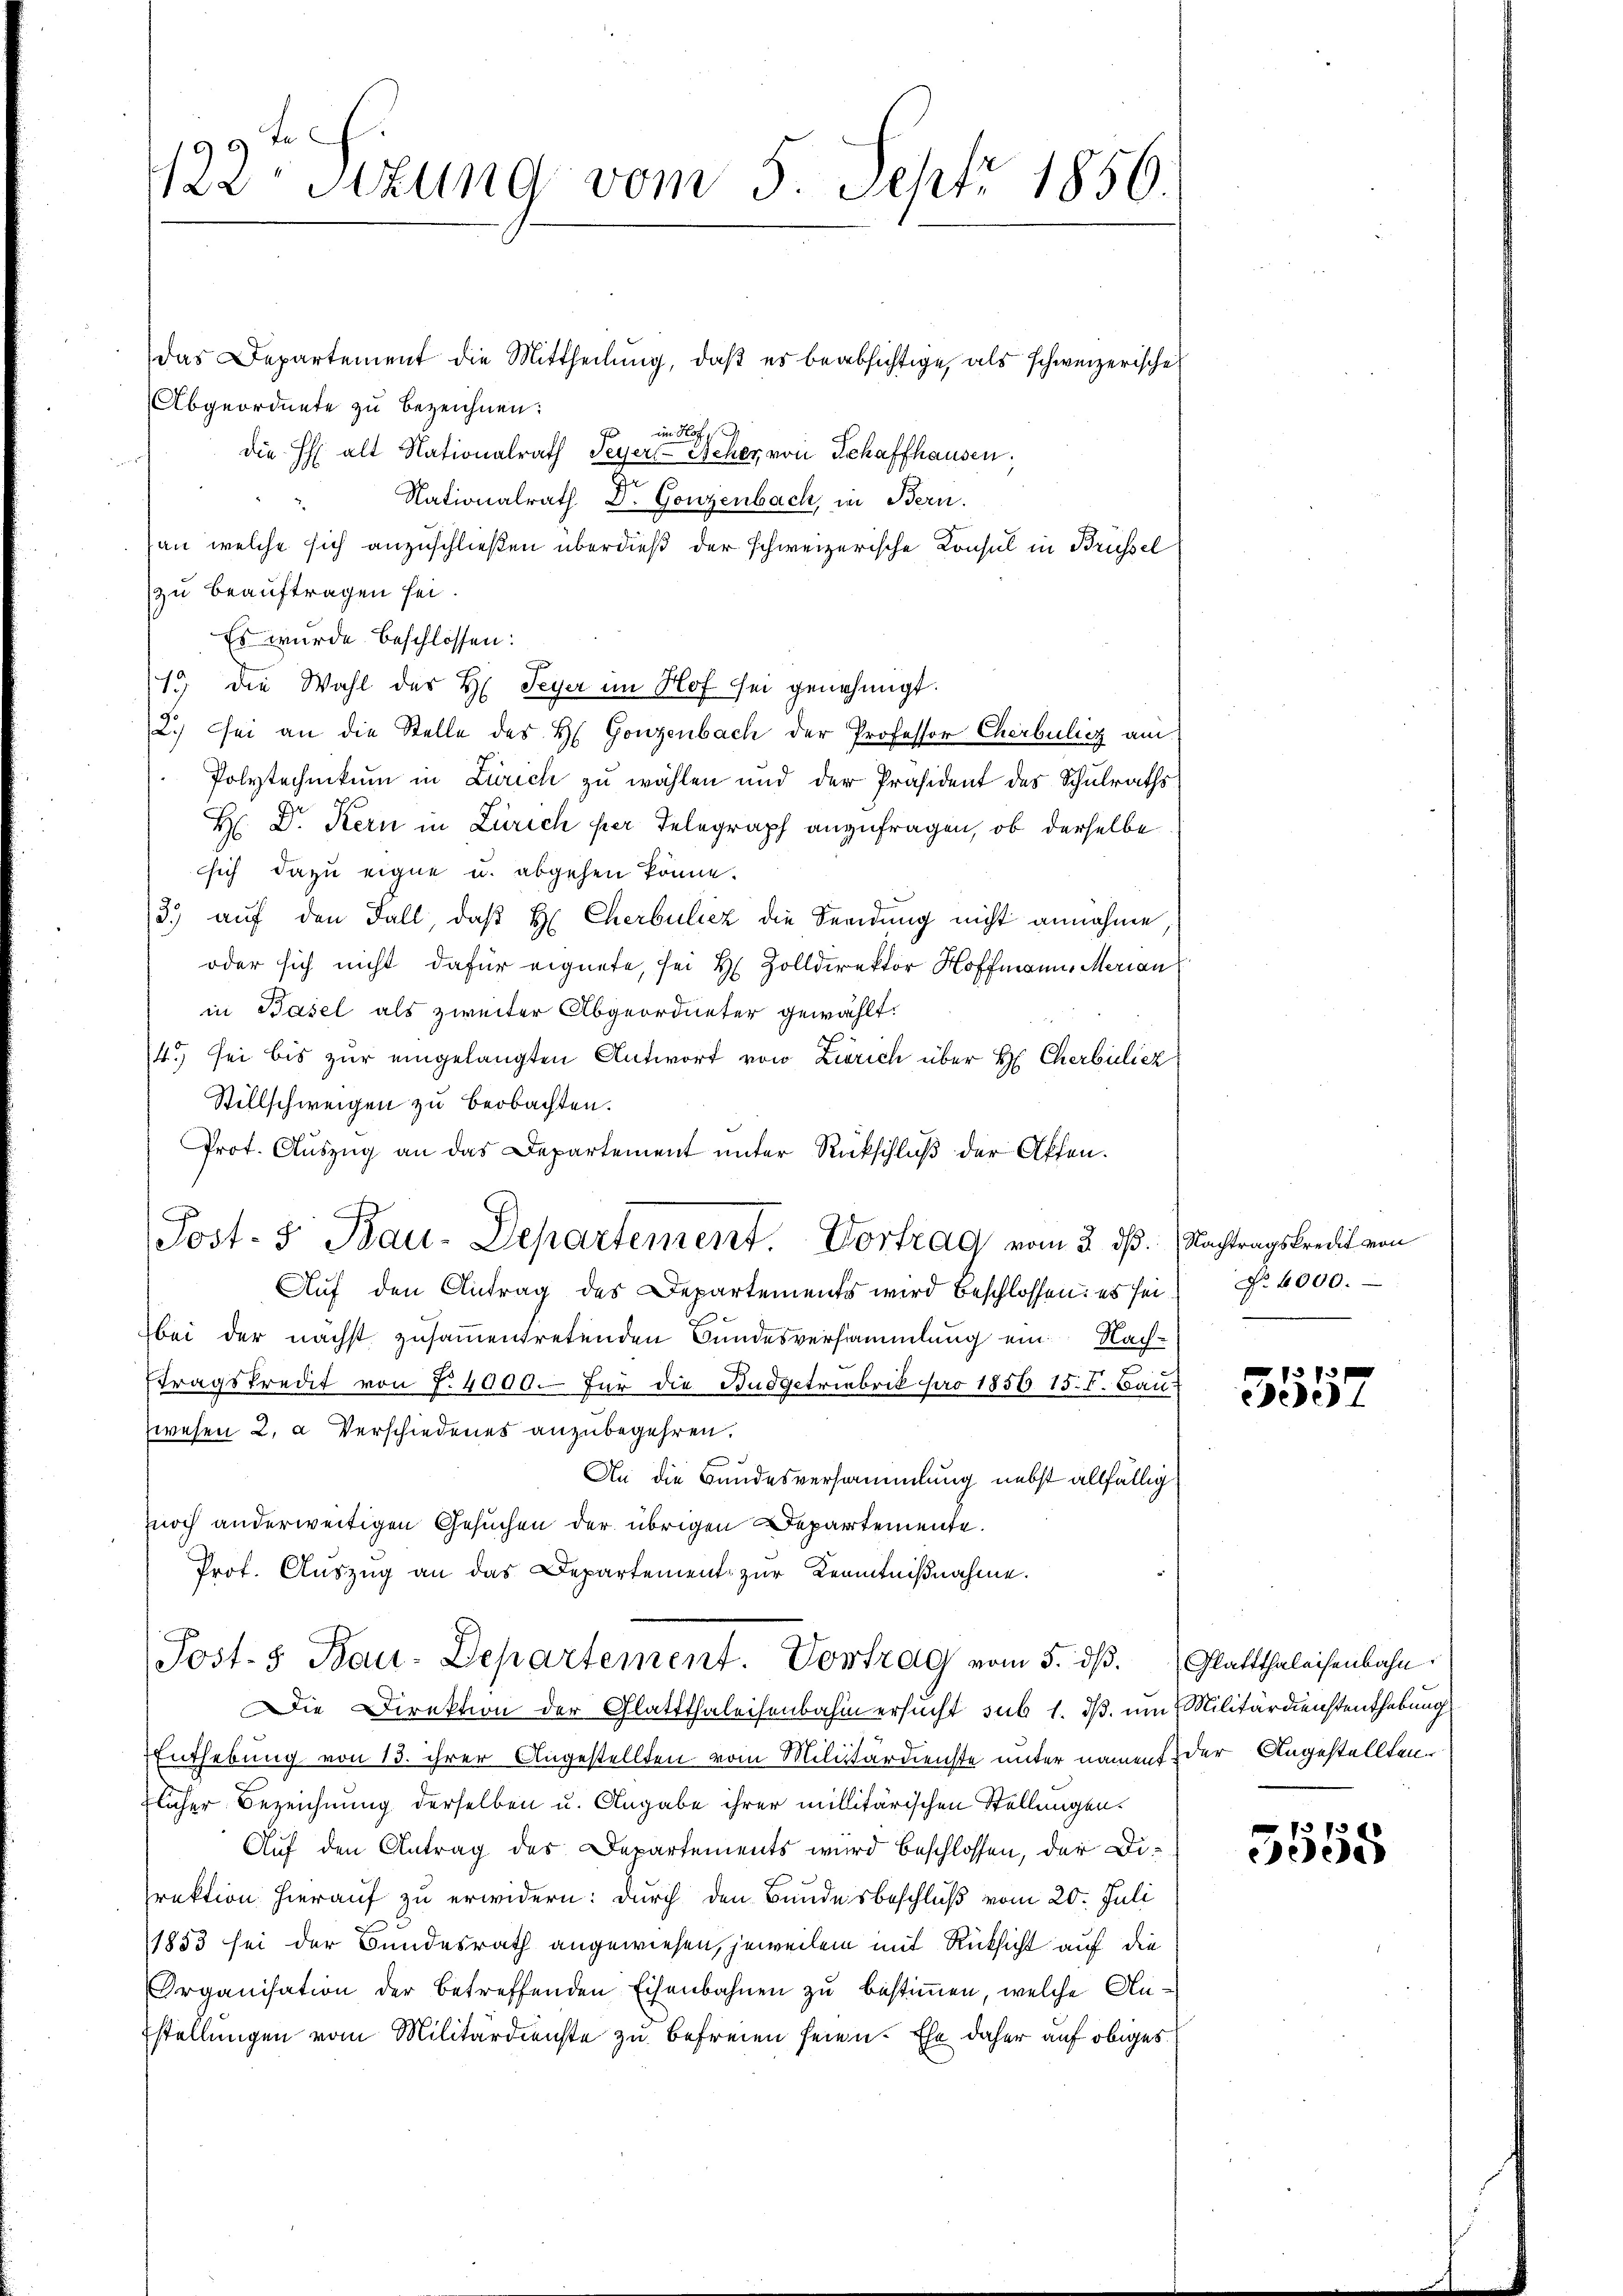
te
122. Sitzung vom 5. Sept. 1856.

das Departement die Mittheilung, daß es beabsichtige, als schweizerisches
Abgeordnete zu bezeichnen:
im Hof
die Halt Nationalrath Peyers Scher von Schaffhausen,
i
Nationalrath Dr. Gonzenbach, in Bern.
an, welche sich anzuschließen überdieß der schweizerische Konsul in Brüssel
zu beauftragen sei.
Es wurde beschlossen:
13 die Wahl des H. Seyer im Hof sei genehmigt.
2.) Sei an die Stelle des H. Gonzenbach der Professor Cherbulicz am
Polytechnikum in Zürich zu wählen und der Präsident des Schulraths¬
H: Dr. Kern in Zürich per Telegraph anzufragen, ob derselbe
sich dazu eigne u. abgehen könne.
3.) auf den Fall, daβ H Cherbuliez die Sendung nicht annahme,
oder sich nicht dafür eignete, sei H. Zolldirektor Hoffmann, Marian
in Basel als zweiter Abgeordneter gewählt.
14. sei bis zur eingelangten Antwort von Zürich über Hr. Cherbüliez
Stillschweigen zu beobachten.
Prot. Auszug an das Departement unter Rückschluß der Affen.
Auf den Antrag des Departements wird beschlossen: es sei
bei der nächst zusammentretenden Bundesversammlung ein Nach-
tragskredit von 7. 4000. für die Budgetriebrik pro 1856 15. F. Bau-
wesen 2. a. Verschiedenes anzubegehren.
An die Bundesversammlung nebst allfällig
znoch anderweitigen Gesuchen der übrigen Departemente.
Prof. Auszug an das Departement zur Kenntnißnahme.
Post. Bau-Departement. Vortrag vom 5. dβ. Glattthaleisenbahn.
Die Direktion der Glattthaleisenbahn ersucht sub 1. ds. um Militärdienstenthebung
Enthebung von 13. ihrer Angestellten vom Militärdienste unter namens der Angestellten
flicher Bezeichnung derselben u. Angabe ihrer millitärischen Stellungen.
Auf den Antrag des Departements wird beschlossen, der Direktion hierauf zu erwidern: durch den Bundesbeschluß vom 20. Juli
1853 sei der Bundesrath angewiesen, jeweilen mit Rücksicht auf die
Organisation der betreffenden Eisenbahnen zu bestimmen, welche Anstellungen vom Militärdienste zu befreien seien. Ehe daher auf obiges

Post- 5. Bau-Departement. Vortrag vom 3. dß. Nachtragskredit von

No 4000.

eede

7300
eedene